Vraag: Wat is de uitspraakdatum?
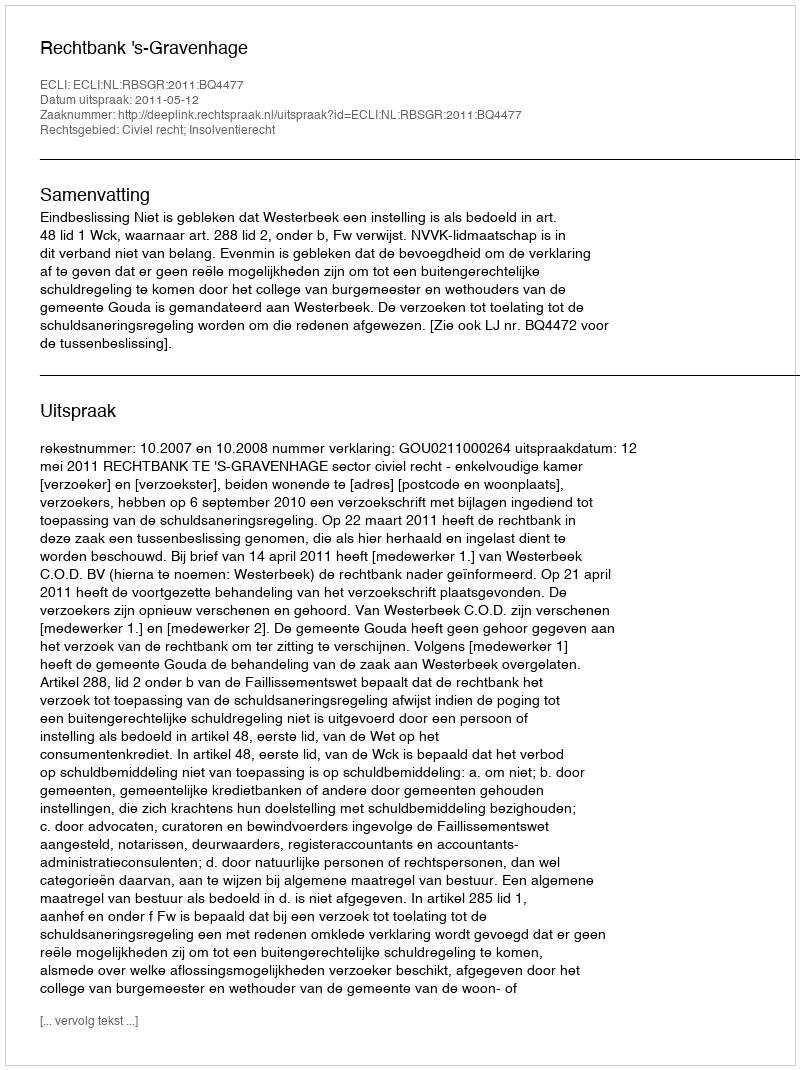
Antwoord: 2011-05-12